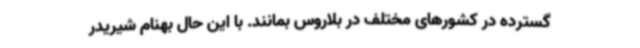
گسترده در کشورهای مختلف در بلاروس بمانند. با این حال بهنام شیریدر